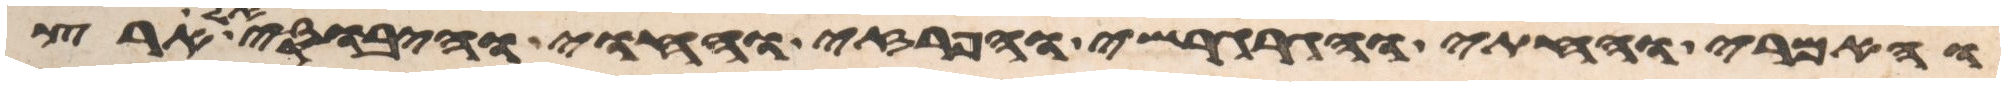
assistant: והאמרי והחתי והגרגשי והפרזי והחוי והיבוסי אל ארץ